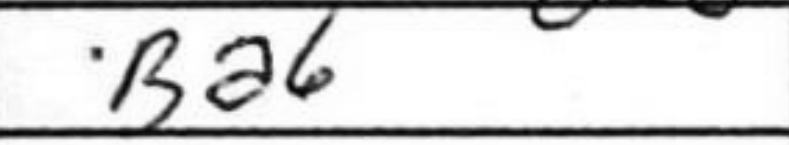
Transcription: Ba6